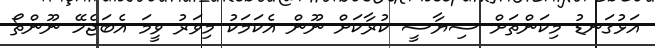
އަޅުގަނޑު މިކަންތަށް ސިޔާސީ ކުރާކަށް ނޫން އެކަމަކު މިވަރު ވީމަ އެބަޖެހޭ ނޫންތޯ